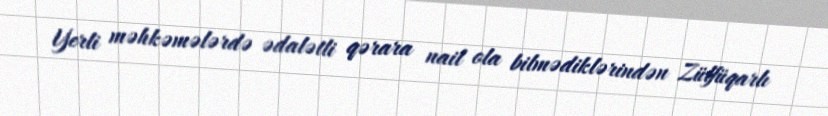
Yerli məhkəmələrdə ədalətli qərara nail ola bilmədiklərindən Zülfüqarlı